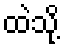
ထဲသို့